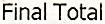
FINAL TOTAL